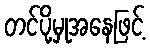
တင်ပို့မှုအနေဖြင့်